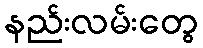
နည်းလမ်းတွေ